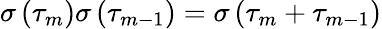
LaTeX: \sigma\left(\tau_{m}\right)\sigma\left(\tau_{m-1}\right)=\sigma\left(\tau_{m}+\tau_{m-1}\right)